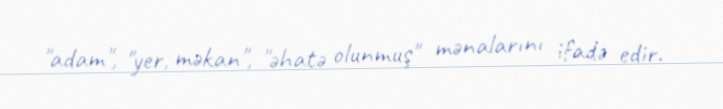
"adam", "yer, məkan", "əhatə olunmuş" mənalarını ifadə edir.